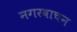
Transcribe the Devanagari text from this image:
नगरवाचन